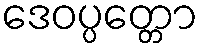
ဒေဝပ္ပတ္တော